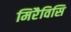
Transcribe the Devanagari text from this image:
मिरैविसि